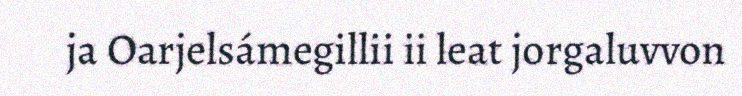
ja Oarjelsámegillii ii leat jorgaluvvon